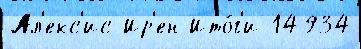
Ал'екс'ис Ир'ен Ито́г'и 14934